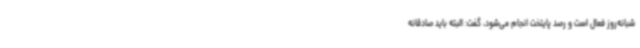
شبانه‌روز فعال است و رصد پایتخت انجام می‌شود، گفت: البته باید صادقانه